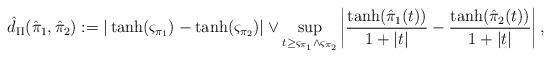
LaTeX: \begin{align*}\hat{d}_{\Pi}({\hat{\pi }_1},{\hat{\pi} _2}):= |\tanh ({\varsigma _{{\pi _1}}}) - \tanh ({\varsigma _{{\pi _2}}})| \vee \mathop {\sup }\limits_{t \ge {\varsigma _{{\pi _1}}} \wedge {\varsigma _{{\pi _2}}} } \left| {\frac{{\tanh (\hat{\pi} _{1}(t ))}}{{1 + |t|}} - \frac{{\tanh (\hat{\pi} _{2}(t ))}}{{1 + |t|}}} \right|,\end{align*}